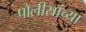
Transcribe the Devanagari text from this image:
पोलीसांच्या